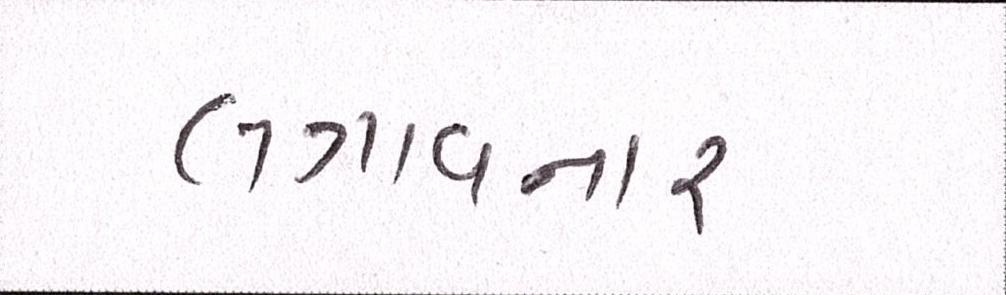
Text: લગાવનાર